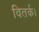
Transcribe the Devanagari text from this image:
वितर्क।